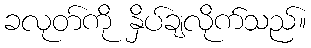
ခလုတ်ကို နှိပ်ချလိုက်သည်။